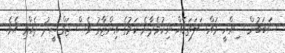
ސަބަބުން ސިއްހީ މައްސަލަތަކެއް ނިކުމެދާނެ ކަމުގެ އިންޒާރު ވެސް ޖަމްޝީދު ދެއްވި އެވެ.